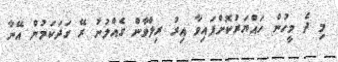
މި ދެ މީހުން ހައްޔަރުކޮށްފައިވާ އިރު ރިލްވާން ގެއްލުނު ރޭ ގަދަކަމުން އޭނާ